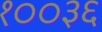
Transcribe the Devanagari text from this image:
१००३६